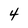
Character: 4